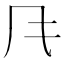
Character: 𲋄